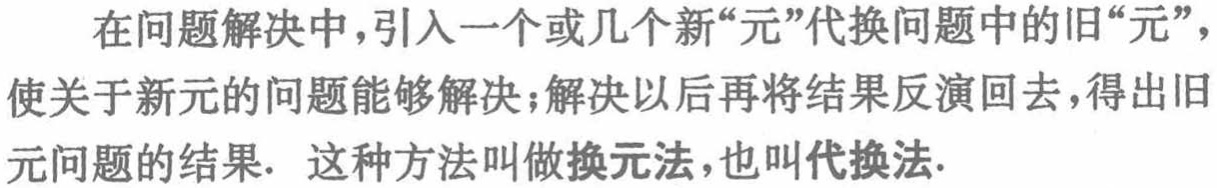
在问题解决中,引入一个或几个新“元”代换问题中的旧“元”，使关于新元的问题能够解决；解决以后再将结果反演回去，得出旧元问题的结果. 这种方法叫做换元法，也叫代换法.